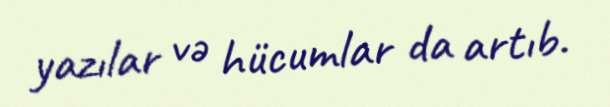
yazılar və hücumlar da artıb.